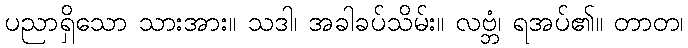
ပညာရှိသော သားအား။ သဒါ၊ အခါခပ်သိမ်း။ လဗ္ဘံ၊ ရအပ်၏။ တာတ၊